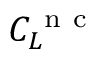
C _ { L } ^ { \mathrm { ~ n ~ c ~ } }